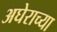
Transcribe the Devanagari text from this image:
अघेराच्या